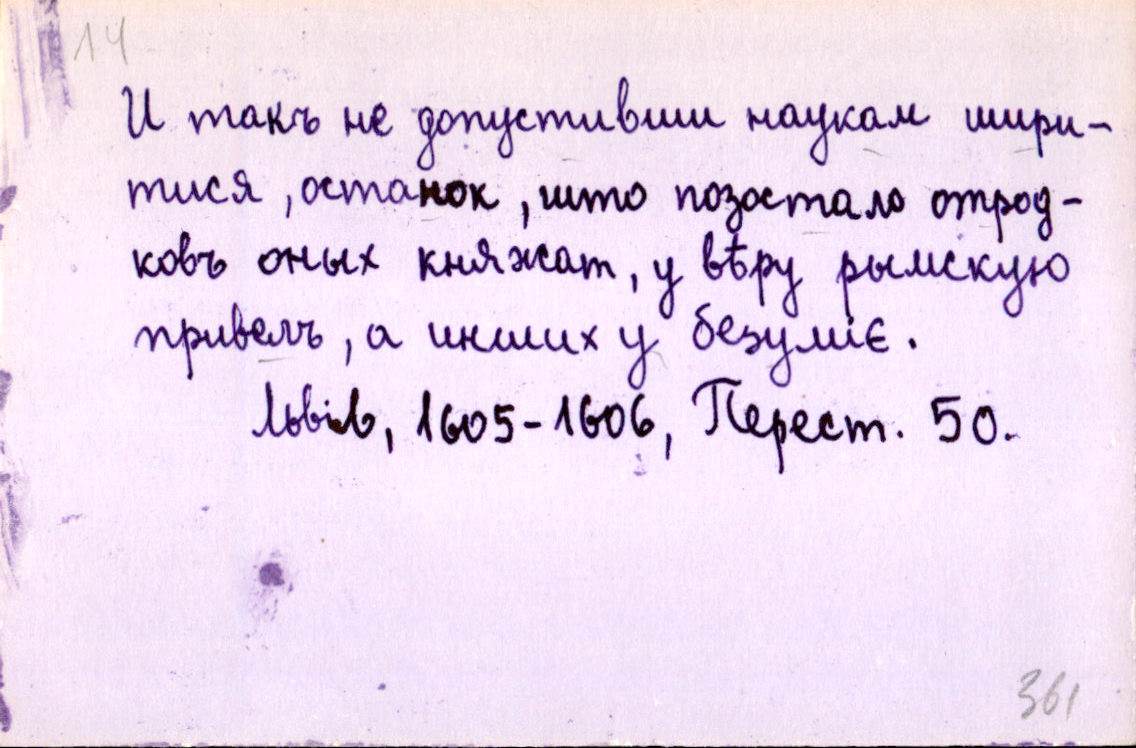
И такъ не допустивши наукам шири-
тися, останок, што позостало отрод-
ковъ оных княжат, у вѣру рымскую
привелъ, а инших у безуміє.
Львів, 1605-1606, Перест. 50.